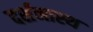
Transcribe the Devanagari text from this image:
दर्शनास्थ